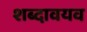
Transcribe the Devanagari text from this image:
शब्दावयव